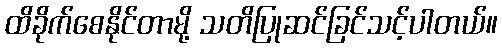
ထိခိုက်စေနိုင်တာမို့ သတိပြုဆင်ခြင်သင့်ပါတယ်။